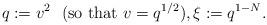
LaTeX: \begin{align*} q:=v^2 \ \ (\mathrm{so\ that}\ v=q^{1/2}), \xi:=q^{1-N}.\end{align*}